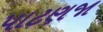
પાટણજા